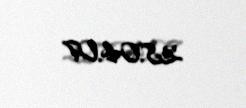
28.04.07